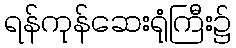
ရန်ကုန်ဆေးရုံကြီး၌